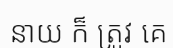
នាយ ក៏ ត្រូវ គេ